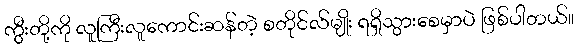
ကွီးတို့ကို လူကြီးလူကောင်းဆန်တဲ့ စတိုင်လ်မျိုး ရရှိသွားစေမှာပဲ ဖြစ်ပါတယ်။